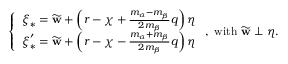
\left\{ \begin{array} { l } { \boldsymbol { \xi } _ { \ast } = \widetilde { \mathbf { w } } + \left( r - \chi + \frac { m _ { \alpha } - m _ { \beta } } { 2 m _ { \beta } } q \right) \boldsymbol { \eta } } \\ { \boldsymbol { \xi } _ { \ast } ^ { \prime } = \widetilde { \mathbf { w } } + \left( r - \chi - \frac { m _ { \alpha } + m _ { \beta } } { 2 m _ { \beta } } q \right) \boldsymbol { \eta } } \end{array} \right. \mathrm { , ~ w i t h ~ } \widetilde { \mathbf { w } } \perp \boldsymbol { \eta } \mathrm { . ~ }